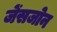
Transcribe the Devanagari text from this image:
जेंसजोन